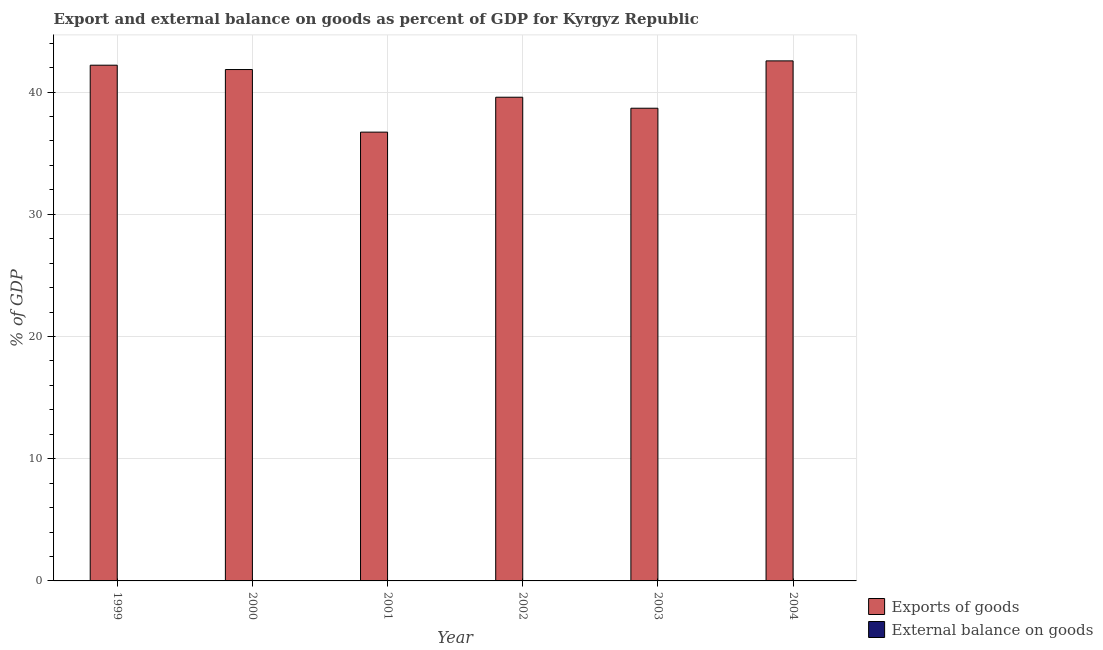
| Year | Exports of goods | External balance on goods |
 | --- | --- | --- |
 | 1999 | 42.2 | -14.8 |
 | 2000 | 41.8 | -5.74 |
 | 2001 | 36.7 | -0.298 |
 | 2002 | 39.6 | -3.76 |
 | 2003 | 38.7 | -6.57 |
 | 2004 | 42.6 | -8.7 |